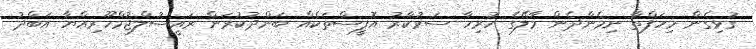
ގުޅިގެން މިހަފްތާ ނިމެންދެން މާލޭގެ ހުރިހާ ސަރުކާރު އޮފީސްތަކެއް ބަންދުކުރަން ރައީސުލްޖުމްހޫރިއްޔާ އަބްދު